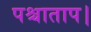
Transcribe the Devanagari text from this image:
पश्चाताप।